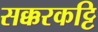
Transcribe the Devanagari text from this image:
सक्करकट्टि